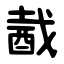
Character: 酨